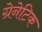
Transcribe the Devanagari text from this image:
ग्रेनेटिक